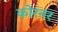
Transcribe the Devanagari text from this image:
कोरनर